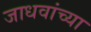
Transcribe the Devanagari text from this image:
जाधवांच्या